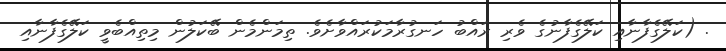
. (ކަލޭގެފާނާއި ކަލޭގެފާނުގެ ވެރި ރައްބު ހަނގުރާމަކުރައްވާށެވެ. ތިމަންމެން ބޭކަލުން މިތިއްބެވީ ކަލޭގެފާނާއި